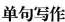
单句写作